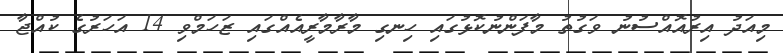
މިއަދު އިރުއޮއްސުނު ވަގުތު މާފަންނުކޮޅުގައި ހިނގި މާރާމާރީއެއްގައި ޒަހަމްވި 14 އަހަރުގެ ކުއްޖާ